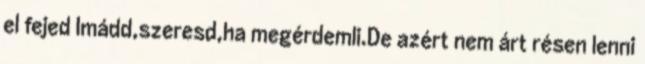
el fejed Imádd,szeresd,ha megérdemli.De azért nem árt résen lenni